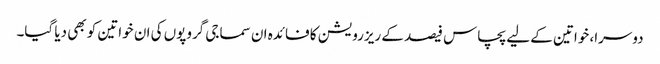
دوسرا، خواتین کے لیے پچاس فیصد کے ریزرویشن کا فائدہ ان سماجی گروپوں کی ان خواتین کو بھی دیا گیا۔